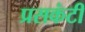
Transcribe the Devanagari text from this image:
प्रसकंटी